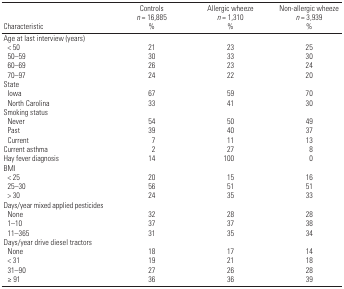
<table><thead><tr><td><b>Characteristic</b></td><td><b>Controls <i>n</i> = 16,885 %</b></td><td><b>Allergic wheeze <i>n</i> = 1,310 %</b></td><td><b>Non-allergic wheeze <i>n</i> = 3,939 %</b></td></tr></thead><tbody><tr><td><b>Age at last interview (years)</b></td></tr><tr><td><b>&lt; 50 </b></td><td>21</td><td>23</td><td>25</td></tr><tr><td><b>50–59</b></td><td>30</td><td>33</td><td>30</td></tr><tr><td><b>60–69 </b></td><td>26</td><td>23</td><td>24</td></tr><tr><td><b>70–97</b></td><td>24</td><td>22</td><td>20</td></tr><tr><td><b>State</b></td></tr><tr><td><b>Iowa</b></td><td>67</td><td>59</td><td>70</td></tr><tr><td><b>North Carolina</b></td><td>33</td><td>41</td><td>30</td></tr><tr><td><b>Smoking status</b></td></tr><tr><td><b>Never</b></td><td>54</td><td>50</td><td>49</td></tr><tr><td><b>Past</b></td><td>39</td><td>40</td><td>37</td></tr><tr><td><b>Current</b></td><td>7</td><td>11</td><td>13</td></tr><tr><td><b>Current asthma</b></td><td>2</td><td>27</td><td>8</td></tr><tr><td><b>Hay fever diagnosis</b></td><td>14</td><td>100</td><td>0</td></tr><tr><td><b>BMI</b></td></tr><tr><td><b>&lt; 25</b></td><td>20</td><td>15</td><td>16</td></tr><tr><td><b>25–30</b></td><td>56</td><td>51</td><td>51</td></tr><tr><td><b>&gt; 30</b></td><td>24</td><td>35</td><td>33</td></tr><tr><td><b>Days/year mixed applied pesticides</b></td></tr><tr><td><b>None</b></td><td>32</td><td>28</td><td>28</td></tr><tr><td><b>1–10</b></td><td>37</td><td>37</td><td>38</td></tr><tr><td><b>11–365</b></td><td>31</td><td>35</td><td>34</td></tr><tr><td><b>Days/year drive diesel tractors</b></td></tr><tr><td><b>None</b></td><td>18</td><td>17</td><td>14</td></tr><tr><td><b>&lt; 31</b></td><td>19</td><td>21</td><td>18</td></tr><tr><td><b>31–90 </b></td><td>27</td><td>26</td><td>28</td></tr><tr><td><b>≥ 91</b></td><td>36</td><td>36</td><td>39</td></tr></tbody></table>